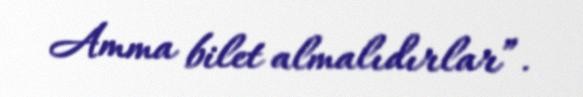
Amma bilet almalıdırlar”.